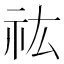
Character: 𮁟